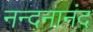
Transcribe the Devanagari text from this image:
नन्दनानंद